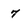
Character: 7